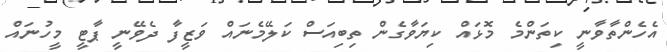
އެހެންތާވާނީ ކިތަންމެ މޮޅައް ކިޔަވާގެން ތިބިއަސް ކަލޭމެނައް ވަޒީފާ ދެވޭނީ ޕާޓީ މީހުނައް